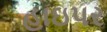
હાઇપર